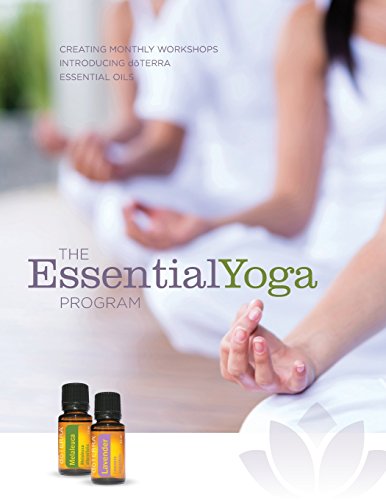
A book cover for The Essentialyoga Program: Creating Monthly Workshops Introducing Doterra Essential Oils; Essentialyoga Program; Health, Fitness & Dieting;